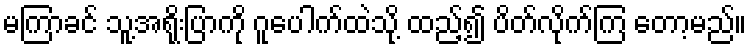
မကြာခင် သူ့အရိုးပြာကို ဂူပေါက်ထဲသို့ ထည့်၍ ပိတ်လိုက်ကြ တော့မည်။